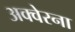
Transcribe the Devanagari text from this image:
अक्वेरना